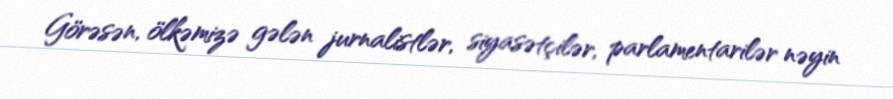
Görəsən, ölkəmizə gələn jurnalistlər, siyasətçilər, parlamentarilər nəyin